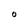
Character: O